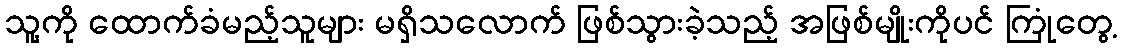
သူ့ကို ထောက်ခံမည့်သူများ မရှိသလောက် ဖြစ်သွားခဲ့သည့် အဖြစ်မျိုးကိုပင် ကြုံတွေ့